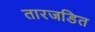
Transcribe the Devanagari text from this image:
तारजडित